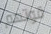
قوتهم